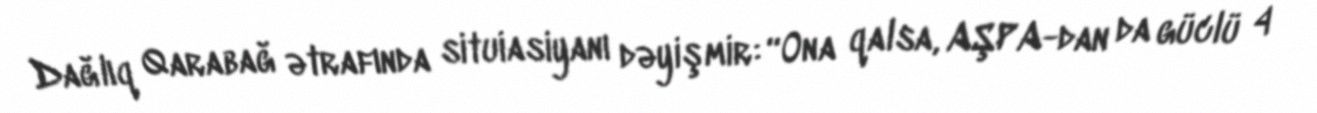
Dağlıq Qarabağ ətrafında situiasiyanı dəyişmir: “Ona qalsa, AŞPA-dan da güclü 4